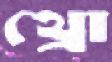
থ্রো